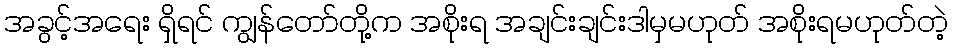
အခွင့်အရေး ရှိရင် ကျွန်တော်တို့က အစိုးရ အချင်းချင်းဒါမှမဟုတ် အစိုးရမဟုတ်တဲ့